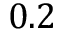
0 . 2